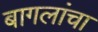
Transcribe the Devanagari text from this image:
बागलांचा